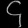
Digit: ၄